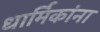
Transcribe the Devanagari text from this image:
धार्मिकांना